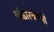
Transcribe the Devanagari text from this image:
खंडारबाणी